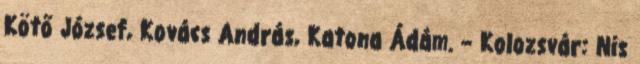
Kötő József, Kovács András, Katona Ádám. – Kolozsvár: Nis